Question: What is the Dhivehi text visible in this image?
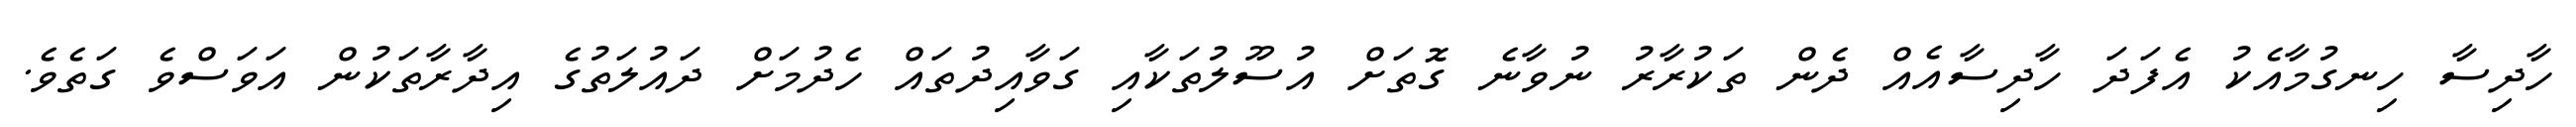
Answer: ހާދިސާ ހިނގުމާއެކު އެފަދަ ހާދިސާއެއް ދެން ތަކުރާރު ނުވާނެ ގޮތަށް އުސޫލުތަކާއި ގަވާއިދުތައް ހެދުމަށް ދައުލަތުގެ އިދާރާތަކުން އަވަސްވެ ގަތެވެ.